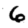
Digit: 6